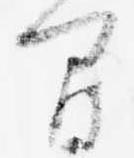
間